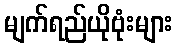
မျက်ရည်ယိုဗုံးများ